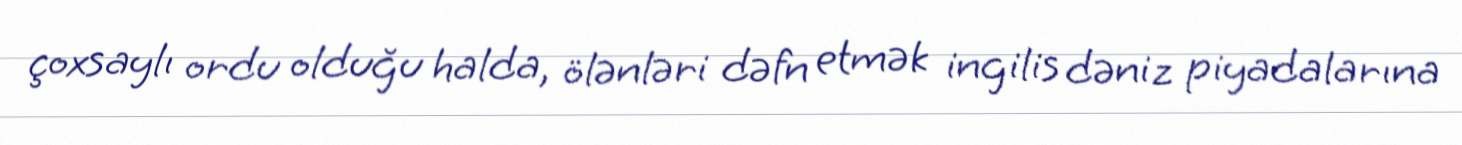
çoxsaylı ordu olduğu halda, ölənləri dəfn etmək ingilis dəniz piyadalarına